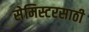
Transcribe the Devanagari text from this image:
सेमिस्टरसाठी